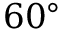
6 0 ^ { \circ }